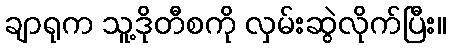
ချာရုက သူ့ဒိုတီစကို လှမ်းဆွဲလိုက်ပြီး။